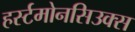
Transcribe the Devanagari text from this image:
हर्स्टमोनसिउक्स